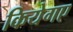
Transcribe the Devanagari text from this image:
कियेगए